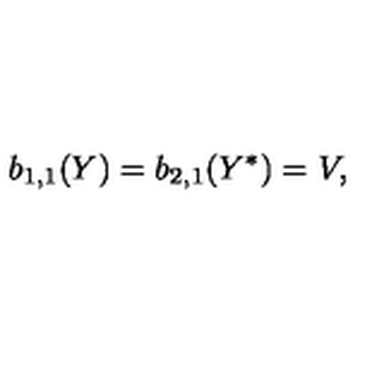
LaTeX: b _ { 1 , 1 } ( Y ) = b _ { 2 , 1 } ( Y ^ { * } ) = V ,